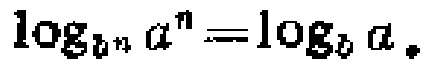
\(\log_{b^n} a^n=\log_{b} a.\)